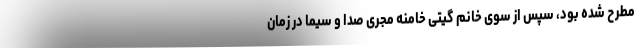
مطرح شده بود، سپس از سوی خانم گیتی خامنه مجری صدا و سیما در زمان